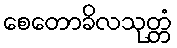
စေတောခိလသုတ္တံ